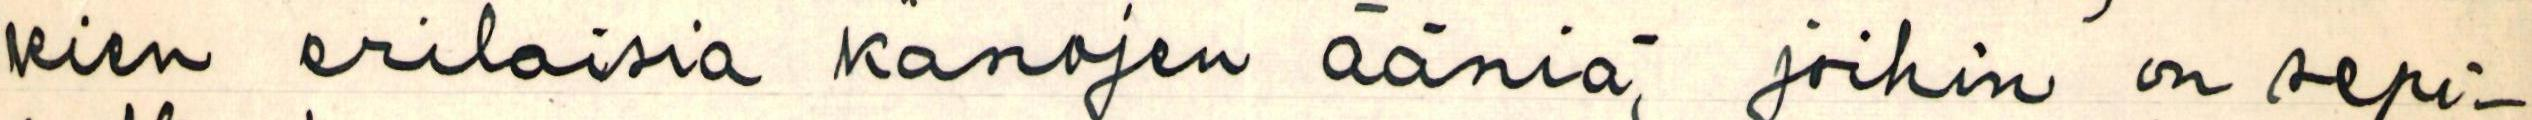
kien erilaisia kanojen ääniä, joihin on sepi-